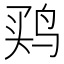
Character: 𱉳